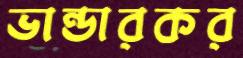
ভান্ডারকর